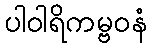
ပါဝါရိကမ္ဗဝနံ